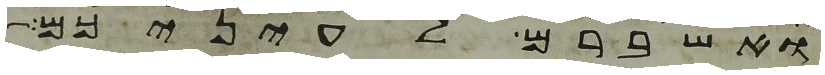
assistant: ואשברם לעיניכם